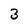
Character: 3